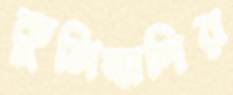
কুসিত্মগির